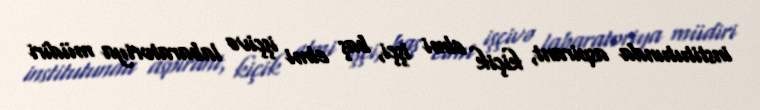
institutunda aspirant, kiçik elmi işçi, baş elmi işçivə labaratoriya müdiri